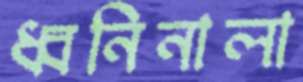
ধ্বনিনালা